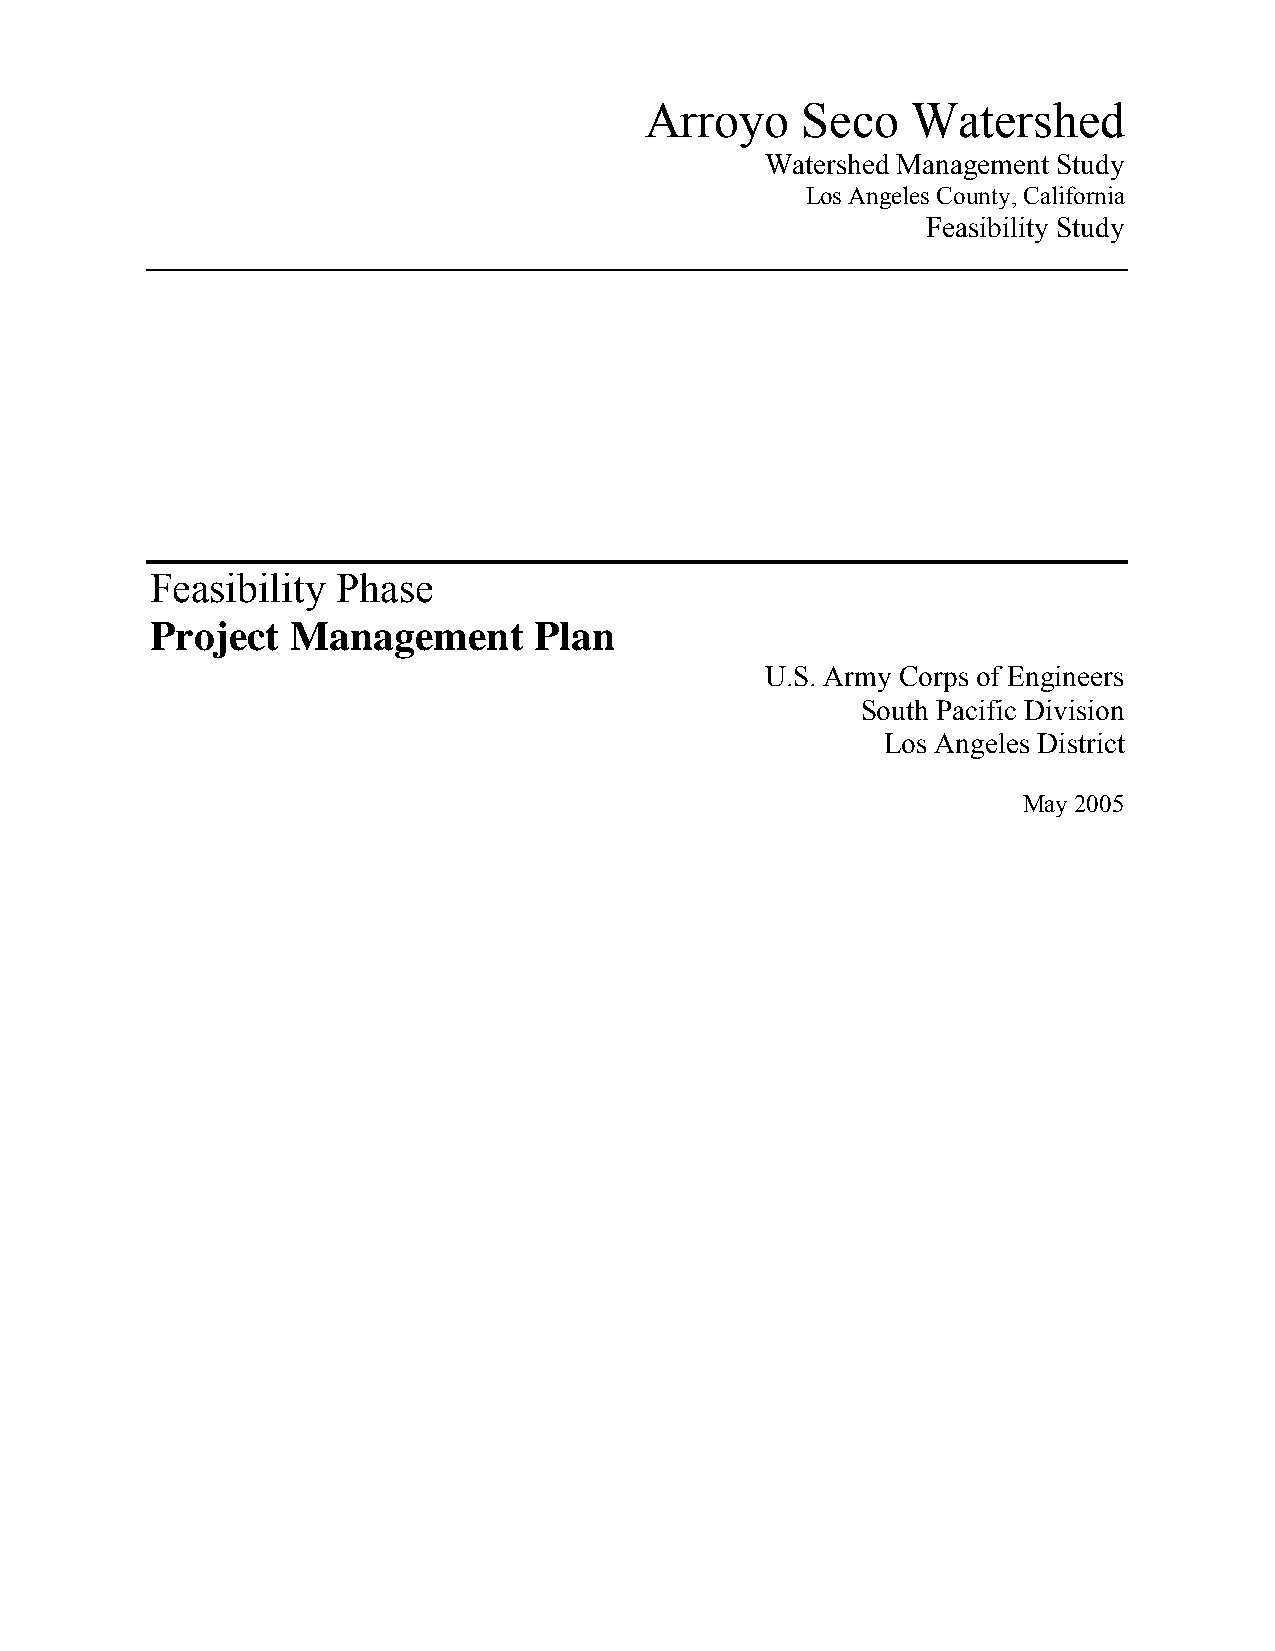
Arroyo    Seco   Watershed
 Watershed Management Study
 Los Angeles County, California
 Feasibility Study
 Feasibility Phase
 Project  Management      Plan
 U.S. Army Corps of Engineers
 South Pacific Division
 Los Angeles District
 May 2005